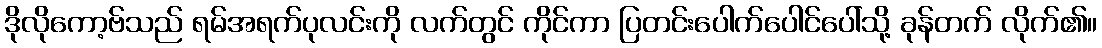
ဒိုလိုကော့ဗ်သည် ရမ်အရက်ပုလင်းကို လက်တွင် ကိုင်ကာ ပြတင်းပေါက်ပေါင်ပေါ်သို့ ခုန်တက် လိုက်၏။